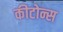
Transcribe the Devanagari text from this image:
कीटोन्स